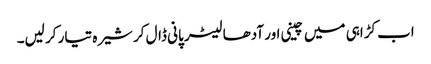
اب کڑاہی میں چینی اور آدھا لیٹر پانی ڈال کر شیرہ تیار کر لیں۔